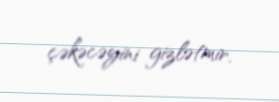
çəkəcəyini gizlətmir.